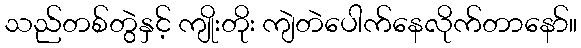
သည်တစ်တွဲနှင့် ကျိုးတိုး ကျဲတဲပေါက်နေလိုက်တာနော်။